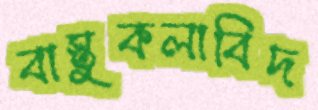
বাস্তুকলাবিদ